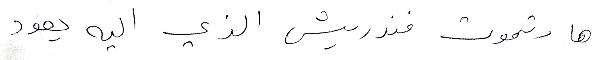
هارتموت فندريش الذي اليه يعود